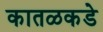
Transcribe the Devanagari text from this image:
कातळकडे